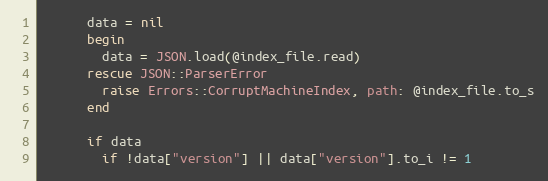
Language: Ruby
      data = nil
      begin
        data = JSON.load(@index_file.read)
      rescue JSON::ParserError
        raise Errors::CorruptMachineIndex, path: @index_file.to_s
      end

      if data
        if !data["version"] || data["version"].to_i != 1